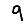
Digit: 9